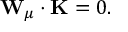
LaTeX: { \bf W } _ { \mu } \cdot { \bf K } = 0 .